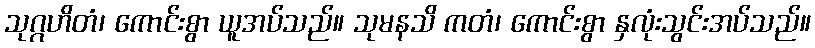
သုဂ္ဂဟိတံ၊ ကောင်းစွာ ယူအပ်သည်။ သုမနသိ ကတံ၊ ကောင်းစွာ နှလုံးသွင်းအပ်သည်။